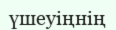
үшеуіңнің